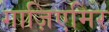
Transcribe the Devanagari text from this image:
गाज़िएमिर